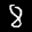
Label: 8